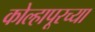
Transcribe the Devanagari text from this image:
कोल्‍हापूरच्या